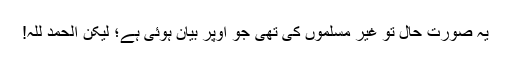
یہ صورتِ حال تو غیر مسلموں کی تھی جو اوپر بیان ہوئی ہے؛ لیکن الحمد للہ!